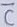
Text: C